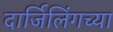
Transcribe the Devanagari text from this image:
दार्जिलिंगच्या